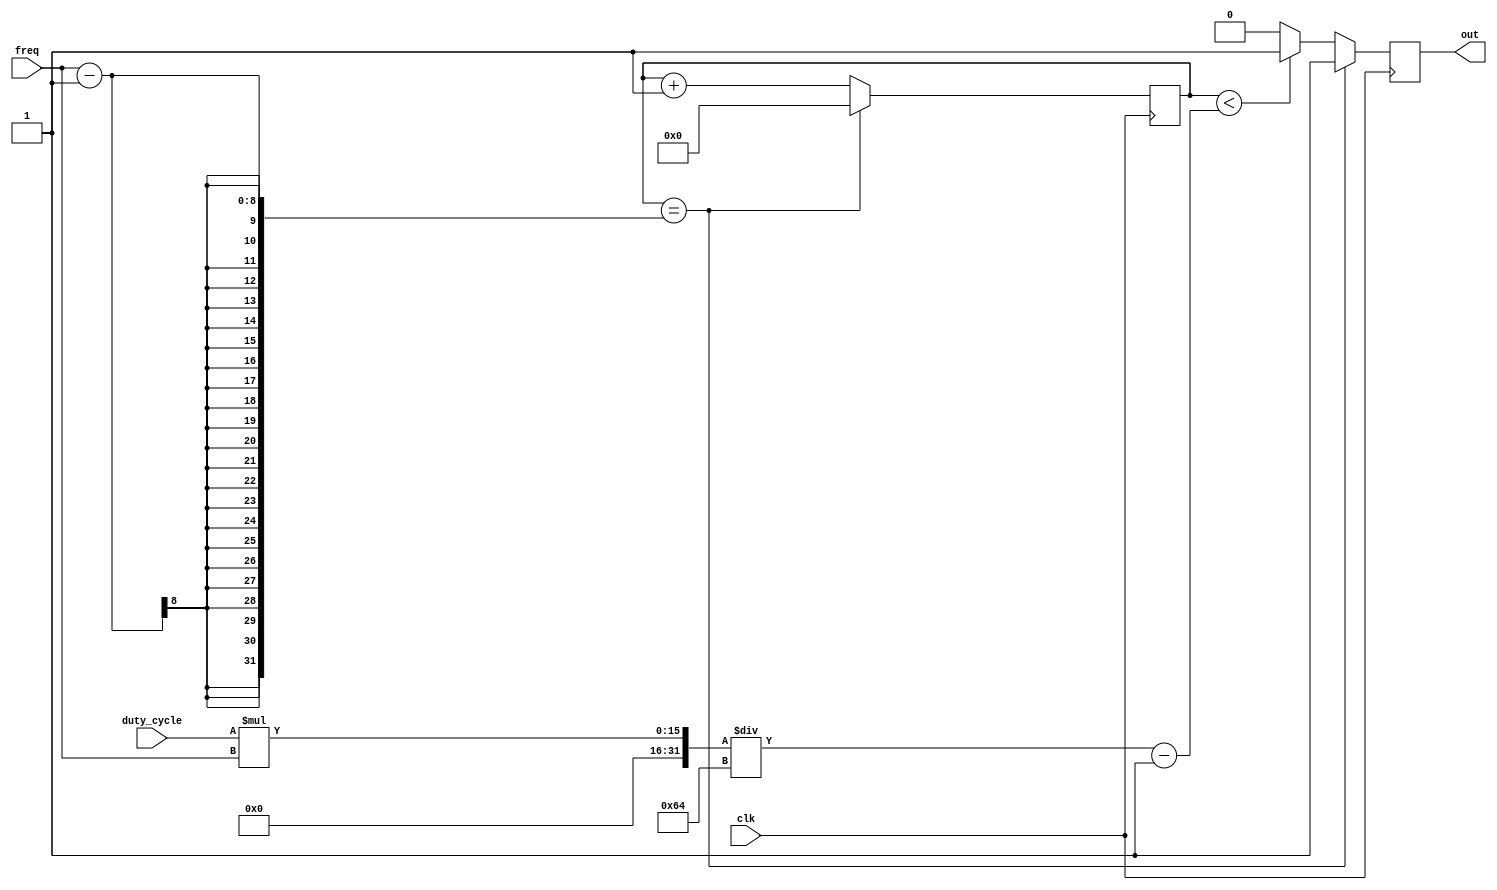
module Periodic_Timer(
    input clk, // clock input
    input [7:0] freq, // frequency setting input
    input [7:0] duty_cycle, // duty cycle setting input
    output reg out // periodic signal output
);

reg [7:0] count; // counter to keep track of time

always @(posedge clk) begin
    if(count == freq-1) begin
        count <= 0;
        out <= 1;
    end else if(count < (duty_cycle*freq/100)-1) begin
        count <= count + 1;
        out <= 1;
    end else begin
        count <= count + 1;
        out <= 0;
    end
end

endmodule